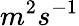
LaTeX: m^{2}s^{-1}